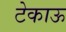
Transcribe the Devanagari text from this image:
टेकाऊ